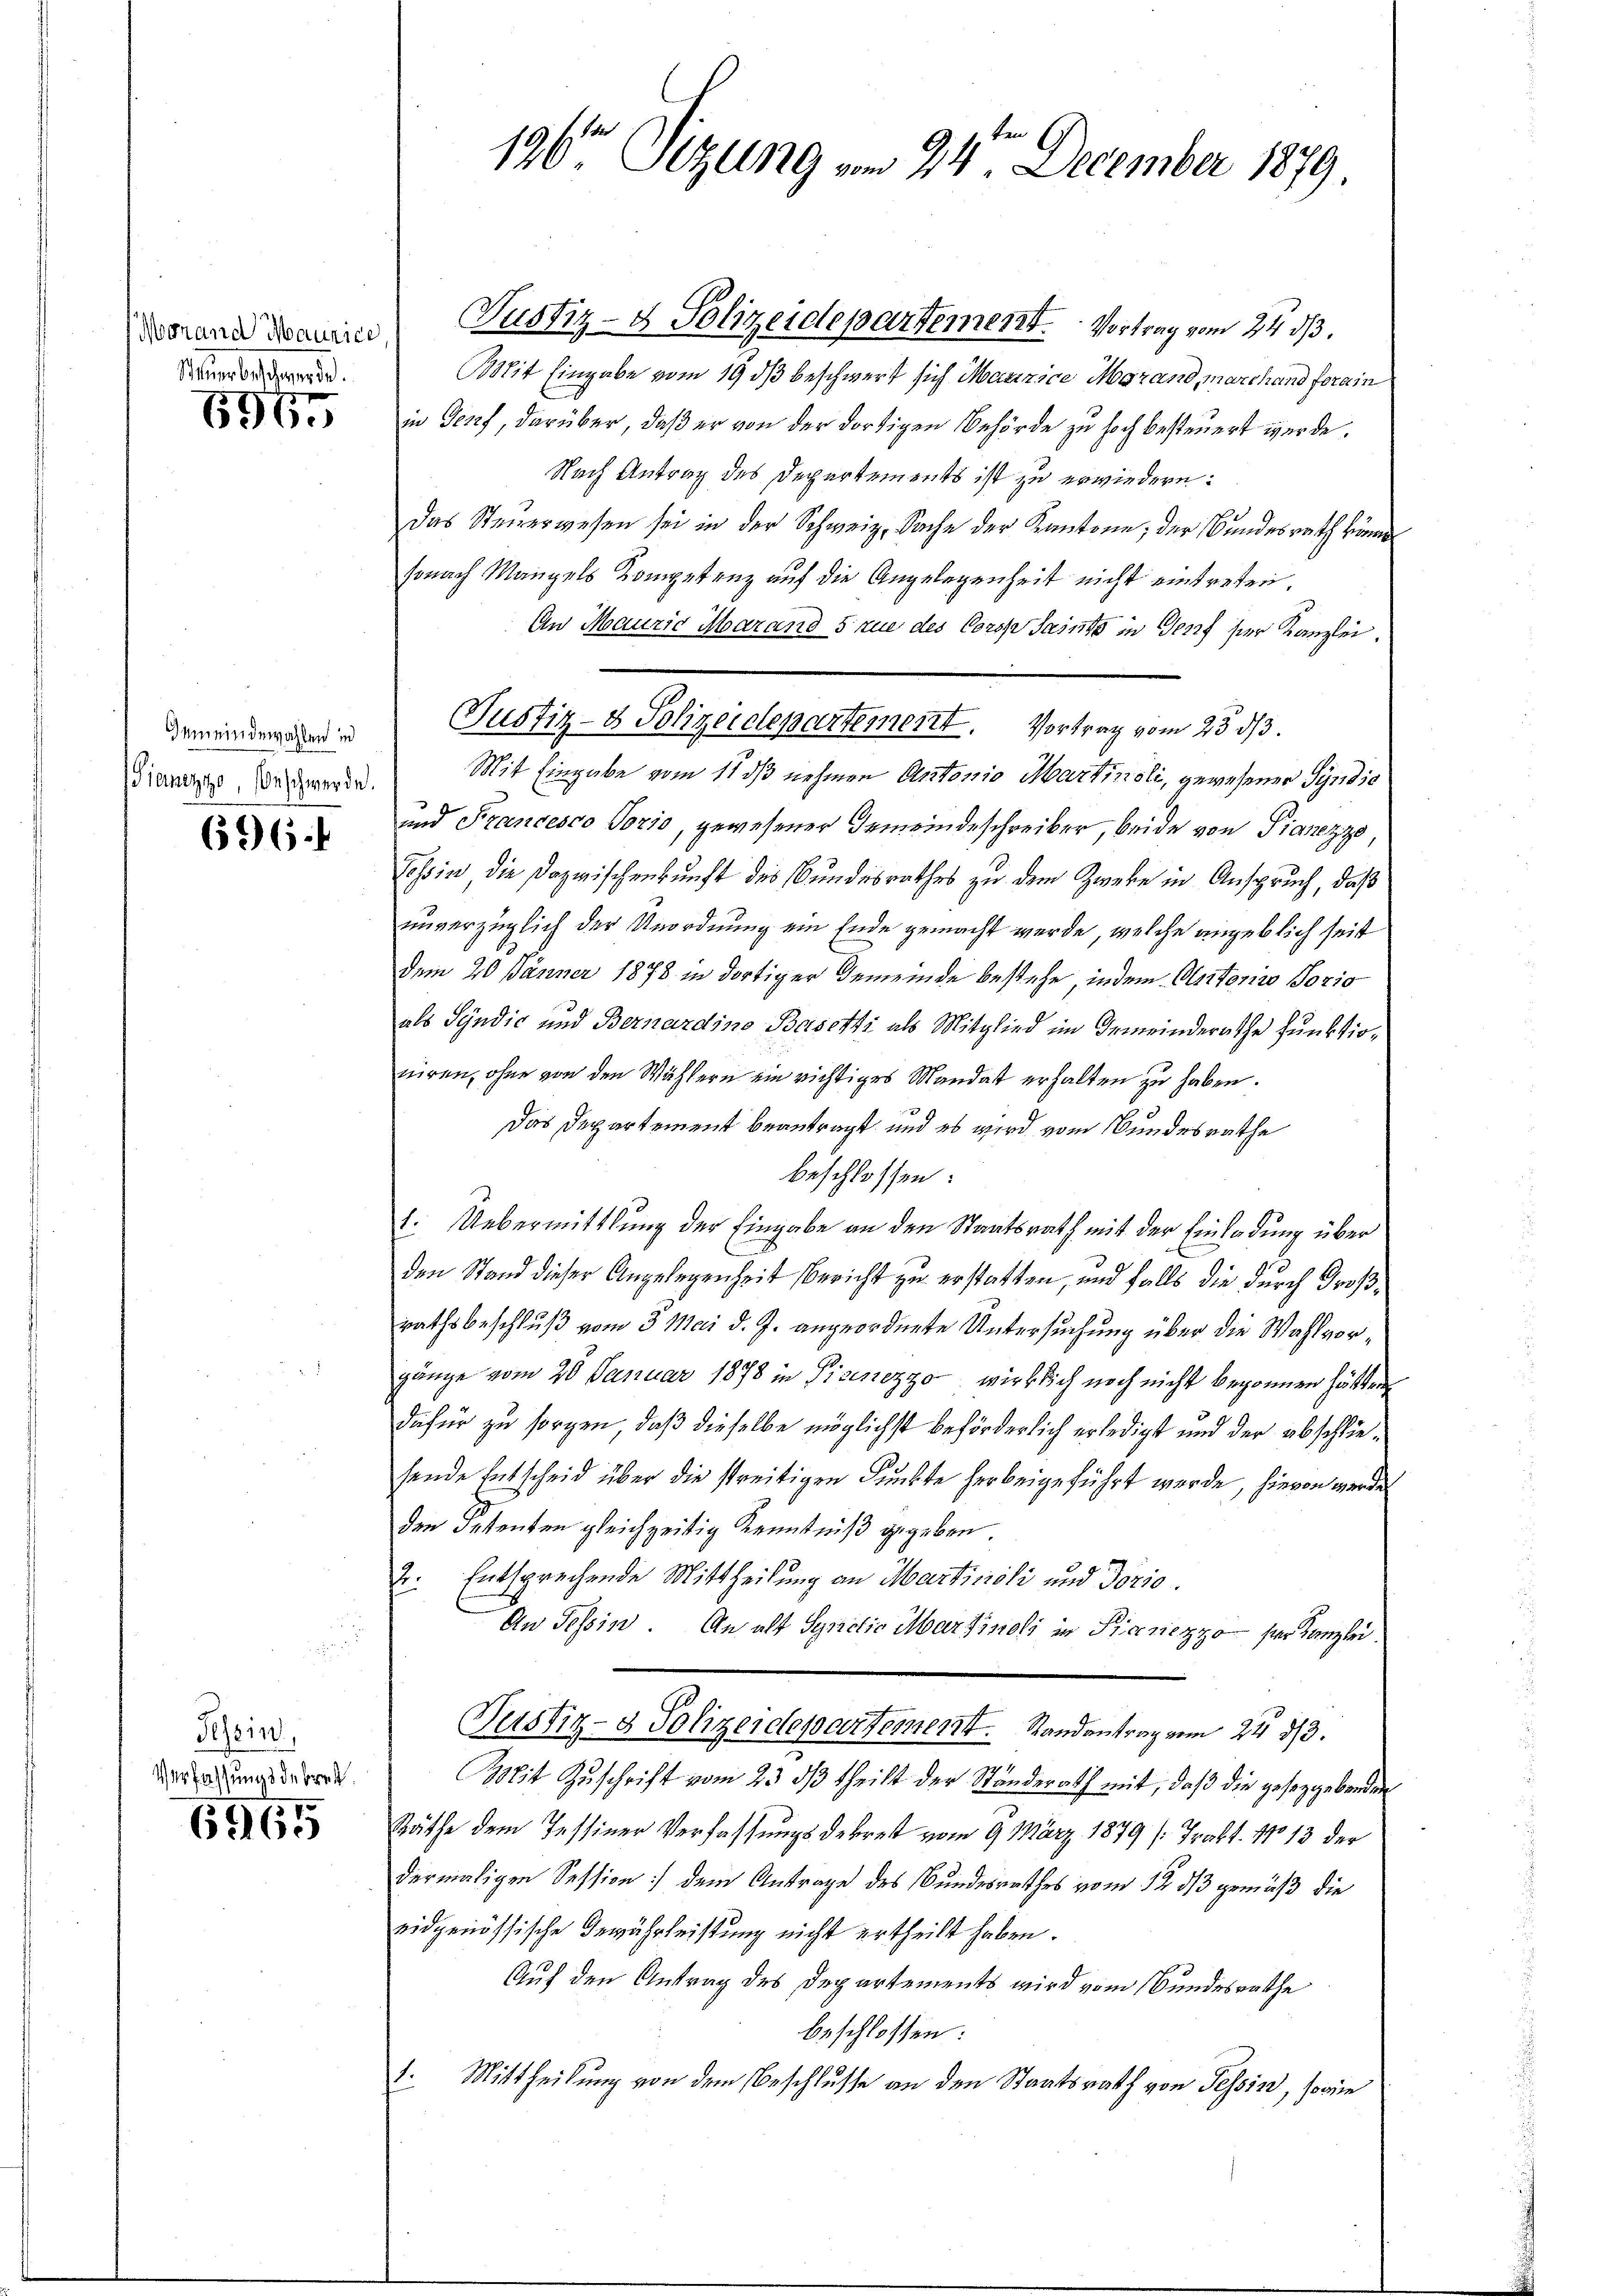
Steuer beschwerde.

5967

Gemeindewahlen in

696.

Tessin,
Verfassungsdebrech

6965

n
196te Sitzung vom 24. December 1879.

worand waren Justiz- & Polizeidepartement. Vortrag vom 24. ds.
Mit Eingabe vom 19. dβ beschwert sich Masizice Mgrand, marchand forain
in Genf, darüber, daß er von der dortigen Behörde zu hoch besteuert werde.
Nach Antrag des Departements ist zu erwiedern:
das Steŭerwesen sei in der Schweiz. Sache der Kantone, der Bundesrath könne
sonach Mangels Kompetenz auf die Angelegenheit nicht eintreten.
An Maurie Marand 5 rue des Corsp Sasso in Genf der Kanzlei.
Justiz- & Polizeidepartement. Vortrag vom 23. ds.
Biener Bedenen Mit Eingabe vom 11 dß nehmen Antonio Martinoli, gewesener Sÿndic
und Francesco Sozio, gewesener Gemeindeschreiber, beide von Pianezzo,
Tessin die Dazwischenkunft des Bundesrathes zu dem Zweke in Anspruch, daß
unverzüglich der Unordnung ein Ende gemacht werde, welche angeblich seit
dem 20. Jänner 1878 in dortiger Gemeinde bestehe, indem Autoris Sozio
als Sÿndic und Bernardino Basetti als Mitglied im Gemeinderathe Funktioniren, ohne von den Wählern ein richtiges Mandat erhalten zu haben.
Das Departement beantragt, und es wird vom Bundesrathe
beschlossen:
1. Uebermittlung der Eingabe an den Staatsrath mit der Einladung über
den Stand dieser Angelegenheit Bericht zu erstatten, und falls die durch Großrathsbeschluß vom 3. Mai d. J. angeordnete Untersuchung über die Wahlvorgänge vom 20. Januar 1878 in Picinezzo wirklich noch nicht begonnen hätten.
dafür zu sorgen, daß dieselbe möglichst beförderlich erledigt und der abschliesende Entscheid über die streitigen Punkte herbeigeführt werde, hievon werde
den Petenten gleichzeitig Kenntniß gegeben.
. Entsprechende Mittheilung an Marticoli und dozio
An Tessin. An alt Synctio Martinoli in Kranezzo der Kanzlei.
Justiz- & Polizeidepartement. Randantrag vom 24. 83.
Mit Zuschrift vom 23 dß theilt der Ständerath mit, daß die gesetzgebenden
Räthe dem Tessiner Verfassungsdekret vom 9. März 1879 (Trakt. No 13 der
dermaligen Session dem Antrage des Bundesrathes vom 12 1/3 gemäß die
eidgenössische Bewährleistung nicht ertheilt haben.
Auf den Antrag des Departements wird vom Bundesrathe
beschlossen:
1. Mittheilung von dem Beschlusse an den Staatsrath von Tessin, sowie